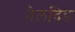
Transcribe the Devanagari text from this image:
वेलदिङ